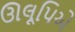
ઊલૂપિએ